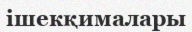
ішекқималары